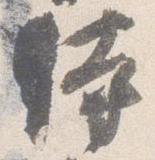
時